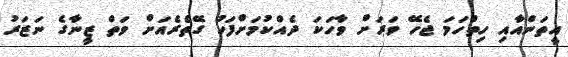
އީތަންއާއި ހިތްހަމަ ޖެހޭ ވަރަށް ވާހަކަ ދެއްކުމަށްފަހު ގޭތެރެއަށް ވަތް ޒީނާގެ ނަޒަރު